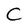
Character: C